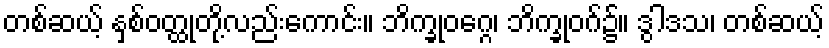
တစ်ဆယ့် နှစ်ဝတ္ထုတို့လည်းကောင်း။ ဘိက္ခုဝဂ္ဂေ၊ ဘိက္ခုဝဂ်၌။ ဒွါဒသ၊ တစ်ဆယ့်